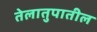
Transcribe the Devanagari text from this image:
तेलातुपातील